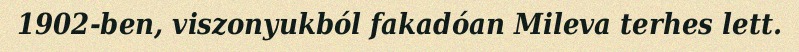
1902-ben, viszonyukból fakadóan Mileva terhes lett.